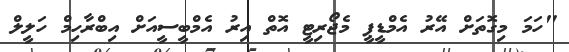
"ހަމަ މިގޮތަށް އޭރު އެމްޑީޕީ މެޖޯރިޓީ އޮތް އިރު އެމްބީސީއަށް އިބްރާހިމް ހަލީލް